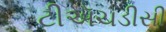
ટીઍચડીસી